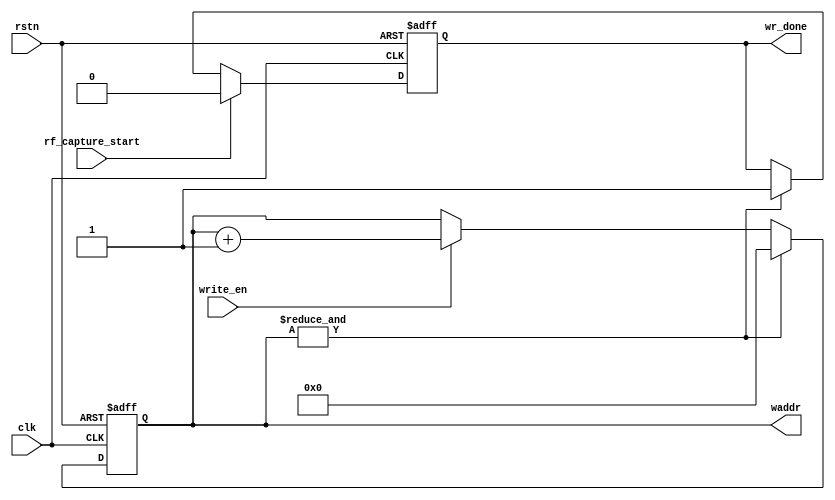
// Copyright (c) 2024 by JLSemi Inc.
// --------------------------------------------------------------------
//
//                     JLSemi
//                     Shanghai, China
//                     Name : Zhiling Guo
//
// --------------------------------------------------------------------
// --------------------------------------------------------------------
//  Revision History:1.0
//  Date          By            Revision    Design Description
//---------------------------------------------------------------------
//  2024-05-06    zlguo         1.0         gen_write_logic
// --------------------------------------------------------------------
// --------------------------------------------------------------------
`timescale 1ns/1ns
module gen_write_logic
(
    input   wire                clk,
    input   wire                rstn,
    input   wire                rf_capture_start,
    input   wire                write_en,
    output  reg     [15-1:0]    waddr,
    output  reg                 wr_done
);

    always @(posedge clk or negedge rstn) begin
        if (!rstn)
            wr_done <= 1'b0;
        else if (rf_capture_start)
            wr_done <= 1'b0;
        else if (&waddr)
            wr_done <= 1'b1;
    end

    always @(posedge clk or negedge rstn) begin
        if (!rstn)
            waddr <= 15'b0;
        else if (&waddr)
            waddr <= 15'b0;
        else if(write_en)
            waddr <= waddr + 1'b1;
    end

endmodule